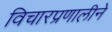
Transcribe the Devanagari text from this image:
विचारप्रणालीने